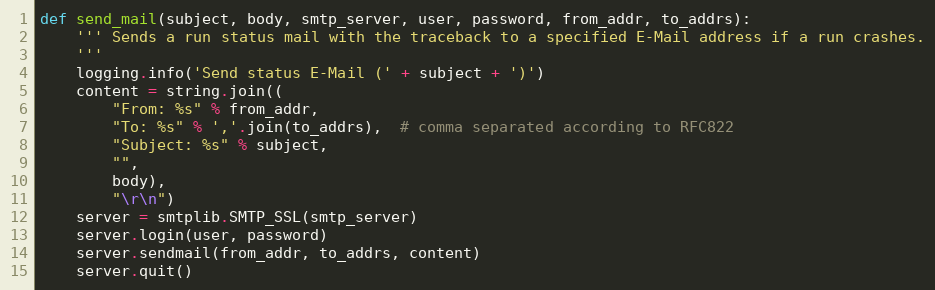
Language: Python
def send_mail(subject, body, smtp_server, user, password, from_addr, to_addrs):
    ''' Sends a run status mail with the traceback to a specified E-Mail address if a run crashes.
    '''
    logging.info('Send status E-Mail (' + subject + ')')
    content = string.join((
        "From: %s" % from_addr,
        "To: %s" % ','.join(to_addrs),  # comma separated according to RFC822
        "Subject: %s" % subject,
        "",
        body),
        "\r\n")
    server = smtplib.SMTP_SSL(smtp_server)
    server.login(user, password)
    server.sendmail(from_addr, to_addrs, content)
    server.quit()